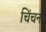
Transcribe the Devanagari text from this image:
चिंचन